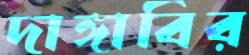
দাঙ্গাবির